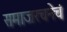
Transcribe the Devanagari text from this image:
समाजरचनेचं